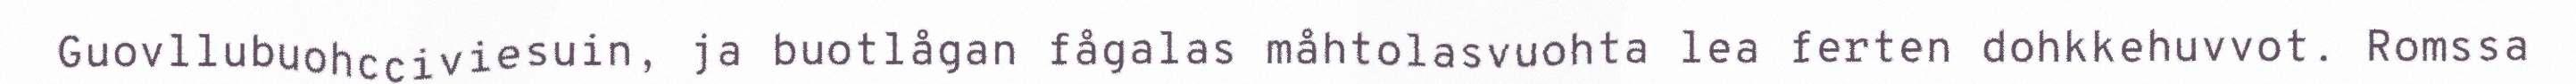
Guovllubuohcciviesuin, ja buotlågan fågalas måhtolasvuohta lea ferten dohkkehuvvot. Romssa